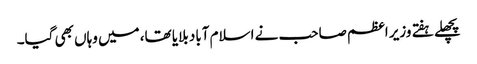
پچھلے ہفتے وزیر اعظم صاحب نے اسلام آباد بلایا تھا، میں وہاں بھی گیا۔